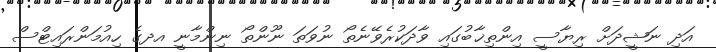
އަދި ނަޝީދަށް ރިޔާސީ އިންތިޚާބުގައި ވާދަކުރެވޭނެތޯ ނުވަތަ ނޫންތޯ ނިންމާނީ އދގެ ހިއުމަންރައިޓްސް